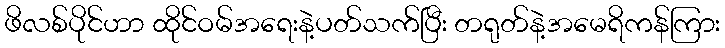
ဖိလစ်ပိုင်ဟာ ထိုင်ဝမ်အရေးနဲ့ပတ်သက်ပြီး တရုတ်နဲ့အမေရိကန်ကြား